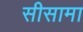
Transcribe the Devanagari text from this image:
सीसामा